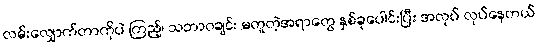
လမ်းလျှောက်တာကိုပဲ ကြည့်၊ သဘာဝချင်း မတူတဲ့အရာတွေ နှစ်ခုပေါင်းပြီး အလုပ် လုပ်နေတယ်